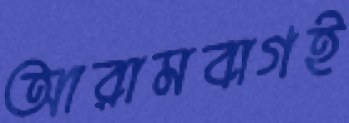
আরামবাগই